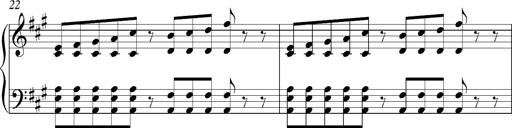
Title: PensÃ©es (Nocturne)
Composer: Franz Liszt
Key: A major